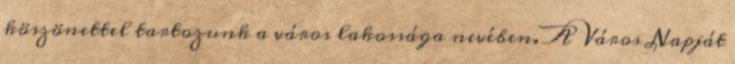
köszönettel tartozunk a város lakossága nevében. A Város Napját